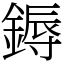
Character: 鎒